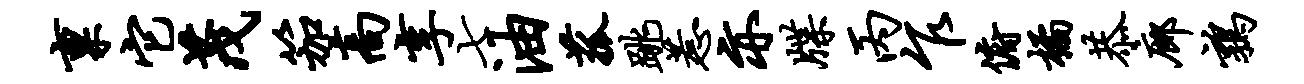
禀它茂笳高享七油菰跳惹亦牒丙乍俯橘恭廊鹑